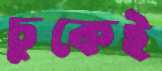
চুকেই